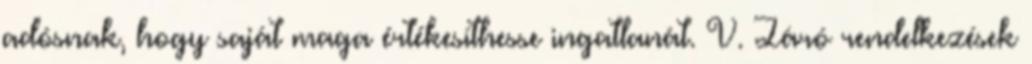
adósnak, hogy saját maga értékesíthesse ingatlanát. V. Záró rendelkezések